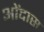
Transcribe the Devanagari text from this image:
ओंदास